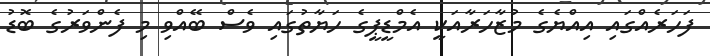
ފަހަރެއްގައި އިއްޔެގެ މުޒާހަރާއަކީ އެމްޑީޕީގެ ހަޔާތުގައި ވެސް ބޭއްވި މި ފެންވަރުގެ ބޮޑު